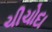
ચીચોદા